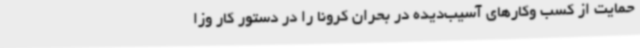
حمایت از کسب وکارهای آسیب‌دیده در بحران کرونا را در دستور کار وزا